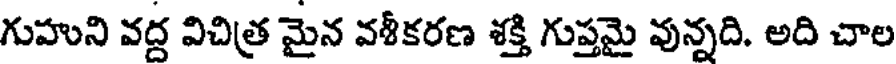
గుహుని వద్ద విచిత్ర మైన వశీకరణ శక్తి గుప్తమై వున్నది. అది చాల